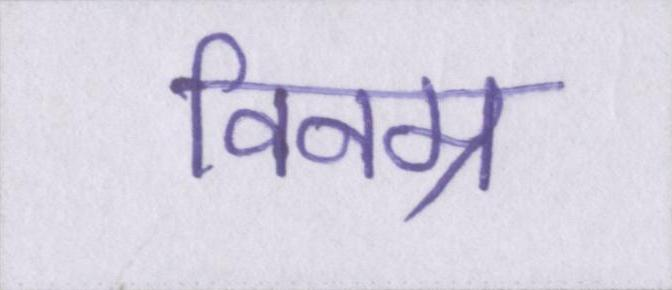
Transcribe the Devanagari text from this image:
विनम्र